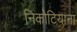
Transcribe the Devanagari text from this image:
निकोटियाना